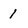
Character: 1